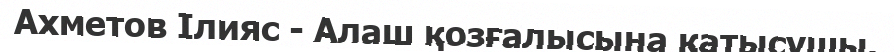
Ахметов Ілияс - Алаш қозғалысына қатысушы.